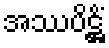
အဿပိဋ္ဌိံ